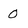
Character: 0